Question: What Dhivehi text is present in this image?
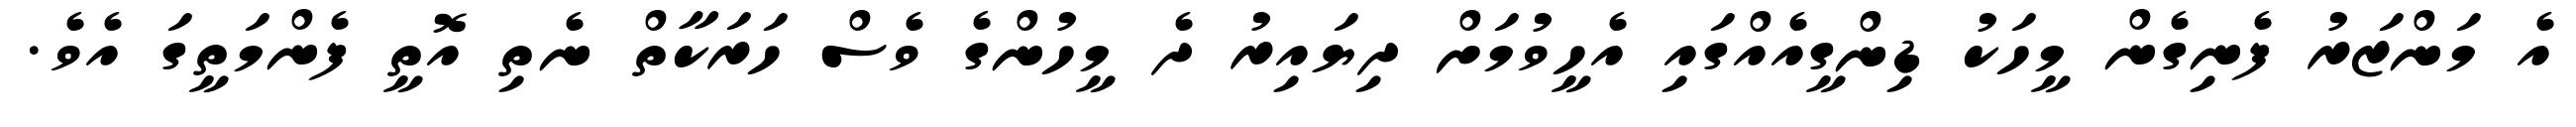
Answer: އެ މަންޒަރު ފެނިގެން މީހަކު ޑިންގީއެއްގައި އެހީވުމަށް ދިޔައިރު ދެ މީހުންގެ ވެސް ހަރަކާތް ނެތި އޮތީ ފެންމަތީގަ އެވެ.